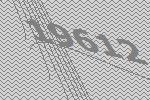
19612